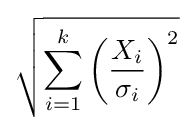
{\sqrt {\sum _{i=1}^{k}\left({\frac {X_{i}}{\sigma _{i}}}\right)^{2}}}